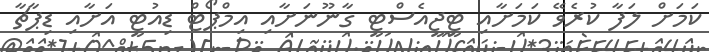
ކަމަށް ލަފާ ކުރެވޭ ކަމަށާއި ޓީޖީއެސްޓީ ގާނޫނަށާއި އިމްޕޯޓް ޑިއުޓީ އަށާއި ޑިޕާޗާ